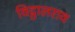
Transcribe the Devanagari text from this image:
विट्ठालराव